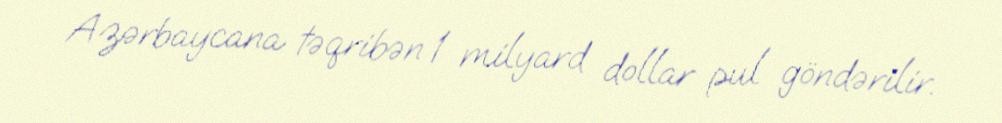
Azərbaycana təqribən 1 milyard dollar pul göndərilir.